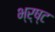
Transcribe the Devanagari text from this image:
भ्र्ष्ट